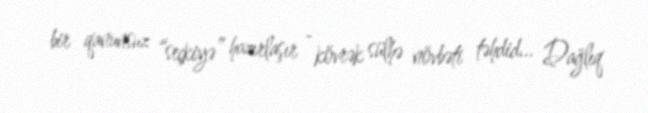
bir qanunsuz “seçkiyə” hazırlaşır - kövrək sülhə növbəti təhdid... Dağlıq